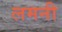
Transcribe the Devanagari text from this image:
लमनी